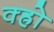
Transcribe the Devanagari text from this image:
क्ह्रो